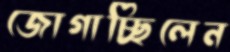
জোগাচ্ছিলেন